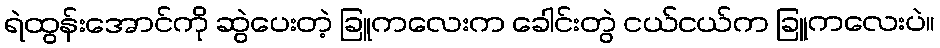
ရဲထွန်းအောင်ကို ဆွဲပေးတဲ့ ခြူကလေးက ခေါင်းတွဲ ငယ်ငယ်က ခြူကလေးပဲ။